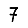
Digit: 7